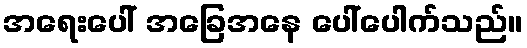
အရေးပေါ် အခြေအနေ ပေါ်ပေါက်သည်။